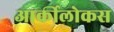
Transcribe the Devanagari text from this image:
आर्कीलोकस